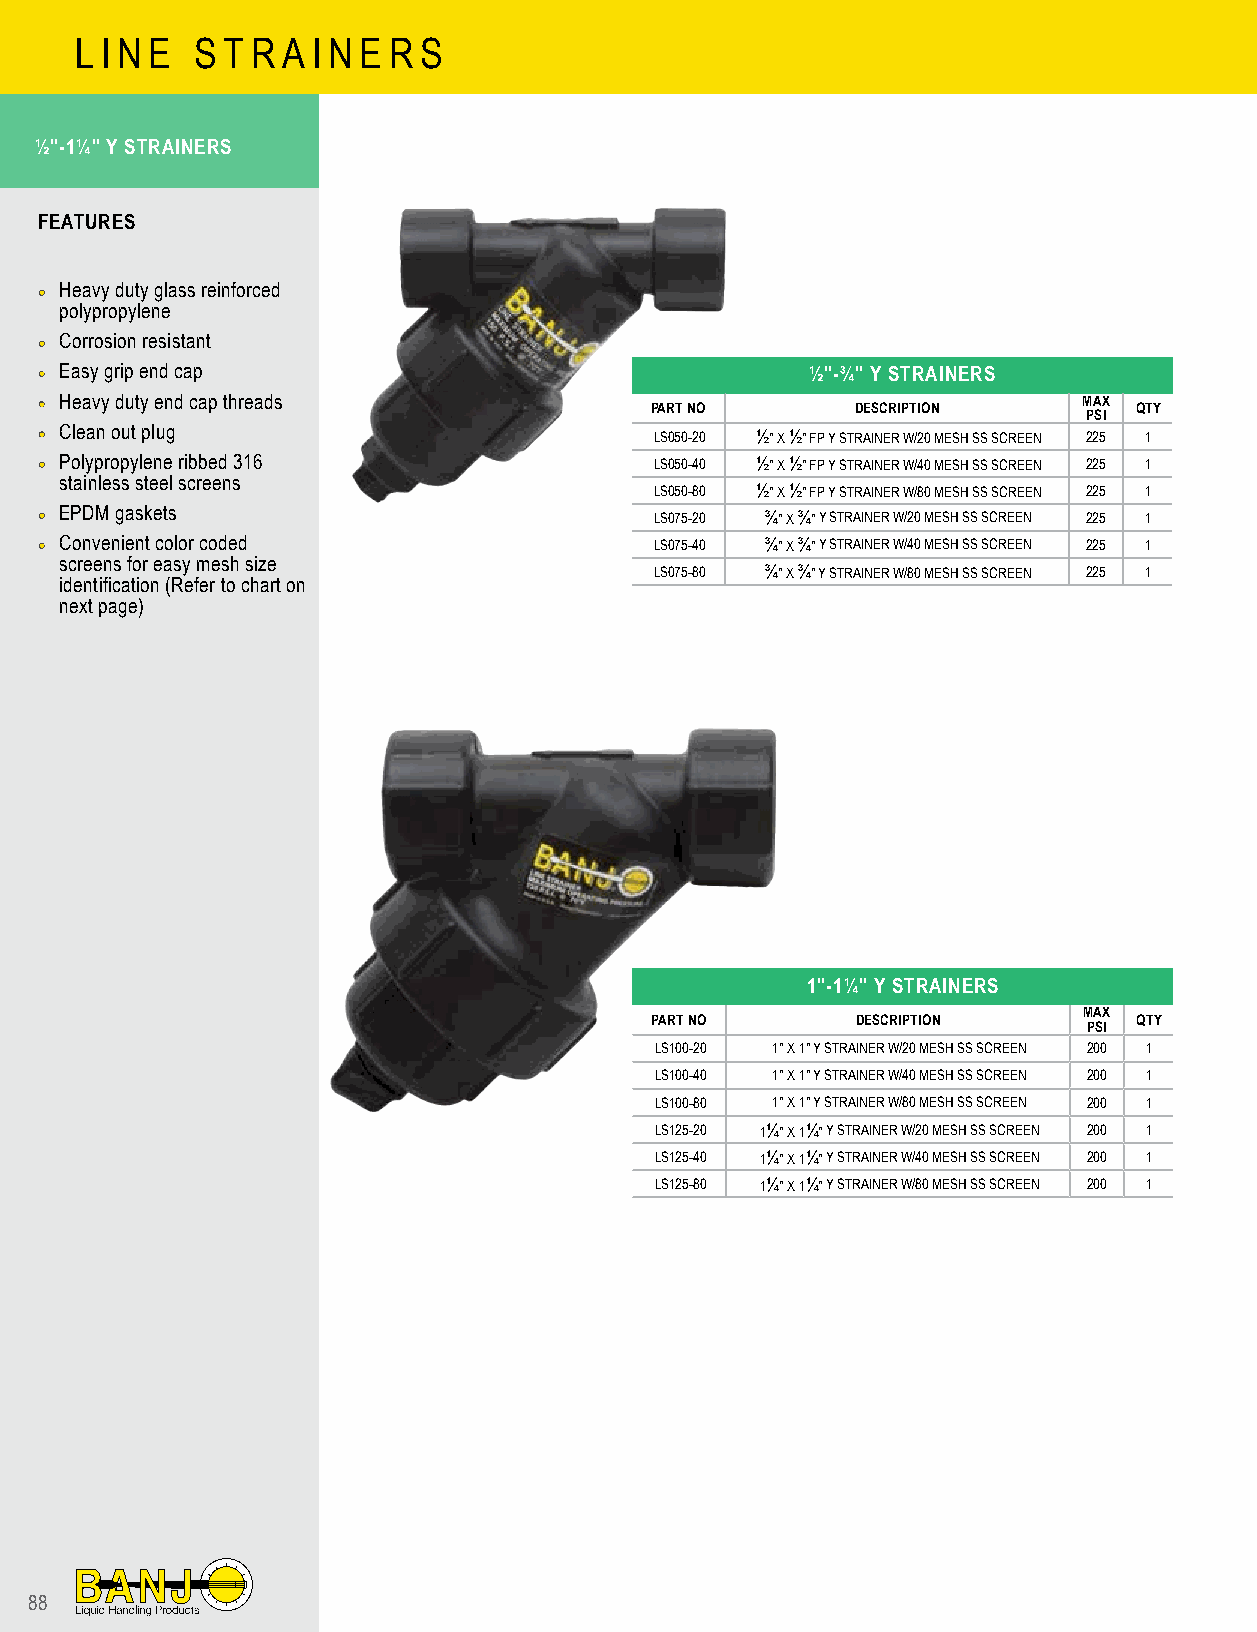
L I N E S T R A I N E R S
 ½"-1¼" Y STRAINERS
 FEATURES
 •• Heavy duty glass reinforced
 polypropylene
 •• Corrosion resistant
 •• Easy grip end cap                               ½"-¾" Y STRAINERS
 •• Heavy duty end cap threads           PART NO       DESCRIPTION    MAX QTY
 PSI
 •• Clean out plug                       LS050-20 ½" X ½" FP Y STRAINER W/20 MESH SS SCREEN 225 1
 •• Polypropylene ribbed 316             LS050-40 ½" X ½" FP Y STRAINER W/40 MESH SS SCREEN 225 1
 stainless steel screens
 LS050-80 ½" X ½" FP Y STRAINER W/80 MESH SS SCREEN 225 1
 •• EPDM gaskets                         LS075-20 ¾" X ¾" Y STRAINER W/20 MESH SS SCREEN 225 1
 •• Convenient color coded               LS075-40 ¾" X ¾" Y STRAINER W/40 MESH SS SCREEN 225 1
 screens for easy mesh size
 LS075-80 ¾" X ¾" Y STRAINER W/80 MESH SS SCREEN 225 1
 identification (Refer to chart on
 next page)
 1"-1¼" Y STRAINERS
 MAX
 PART NO       DESCRIPTION       QTY
 PSI
 LS100-20 1" X 1" Y STRAINER W/20 MESH SS SCREEN 200 1
 LS100-40 1" X 1" Y STRAINER W/40 MESH SS SCREEN 200 1
 LS100-80 1" X 1" Y STRAINER W/80 MESH SS SCREEN 200 1
 LS125-20 1¼" X 1¼" Y STRAINER W/20 MESH SS SCREEN 200 1
 LS125-40 1¼" X 1¼" Y STRAINER W/40 MESH SS SCREEN 200 1
 LS125-80 1¼" X 1¼" Y STRAINER W/80 MESH SS SCREEN 200 1
 88